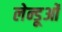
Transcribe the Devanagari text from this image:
लेन्डूओं